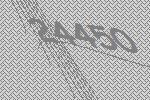
24450